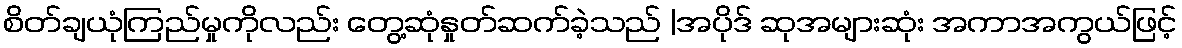
စိတ်ချယုံကြည်မှုကိုလည်း တွေ့ဆုံနှုတ်ဆက်ခဲ့သည် |အပိုဒ် ဆုအများဆုံး အကာအကွယ်ဖြင့်